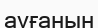
ауғанын